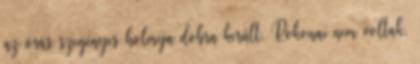
az órás szegényes holmija dobra került. Rokonai nem voltak.